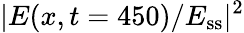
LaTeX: |E(x,t=450)/E_{\mathrm{ss}}|^{2}